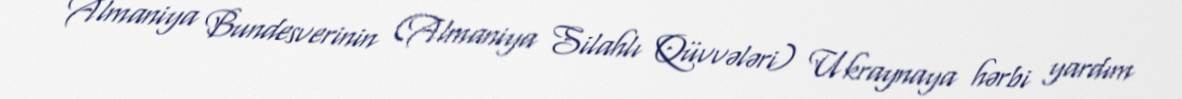
Almaniya Bundesverinin (Almaniya Silahlı Qüvvələri) Ukraynaya hərbi yardım